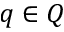
q \in Q